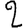
Digit: 2